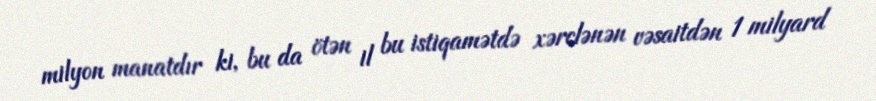
milyon manatdır ki, bu da ötən il bu istiqamətdə xərclənən vəsaitdən 1 milyard